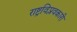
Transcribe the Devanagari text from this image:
राष्ट्रविप्लवकारी